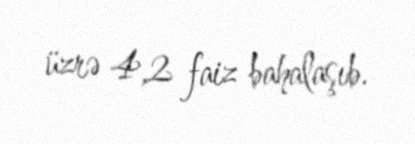
üzrə 4,2 faiz bahalaşıb.